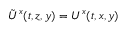
\tilde { U } ^ { x } ( t , z , y ) = U ^ { x } ( t , x , y )